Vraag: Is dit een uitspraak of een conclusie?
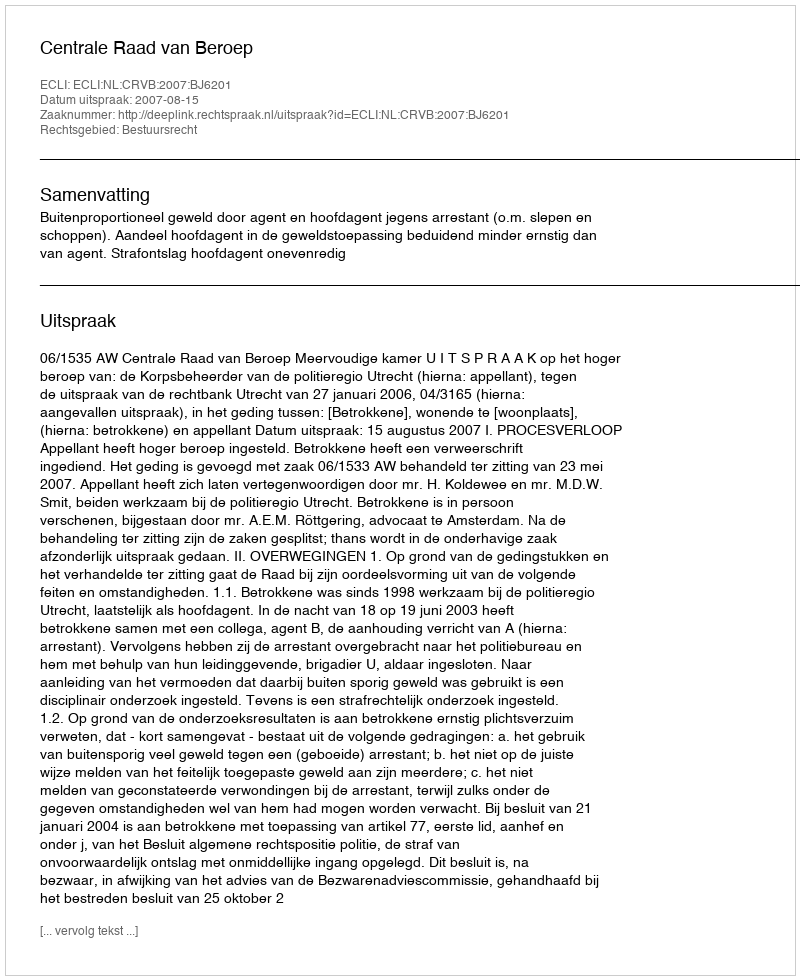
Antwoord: Uitspraak